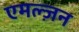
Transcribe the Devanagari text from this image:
एमल्ज़न